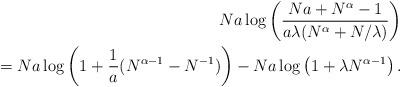
LaTeX: \begin{align*}Na\log\left(\frac{Na + N^{\alpha}-1}{a\lambda (N^{\alpha} + {N}/{\lambda})}\right)\\=Na\log\left(1+\frac 1 a (N^{\alpha-1} - N^{-1})\right) - Na\log\left(1+ \lambda N^{\alpha-1}\right).\end{align*}